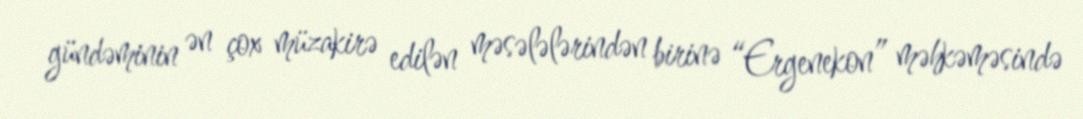
gündəminin ən çox müzakirə edilən məsələlərindən birinə “Ergenekon” məhkəməsində